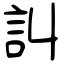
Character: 訆